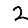
Digit: 2